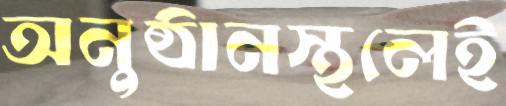
অনুষ্ঠানস্থলেই